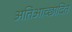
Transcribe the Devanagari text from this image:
अतिआच्छादित